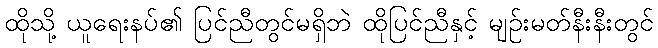
ထိုသို့ ယူရေးနပ်၏ ပြင်ညီတွင်မရှိဘဲ ထိုပြင်ညီနှင့် မျဉ်းမတ်နီးနီးတွင်